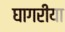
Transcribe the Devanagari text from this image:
घागरीया